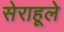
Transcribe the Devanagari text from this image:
सेराहूले